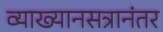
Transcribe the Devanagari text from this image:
व्याख्यानसत्रानंतर